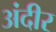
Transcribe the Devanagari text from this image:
अंदीर